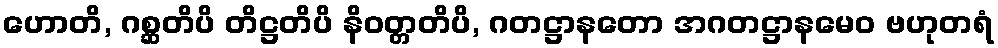
ဟောတိ, ဂစ္ဆတိပိ တိဋ္ဌတိပိ နိဝတ္တတိပိ, ဂတဋ္ဌာနတော အဂတဋ္ဌာနမေဝ ဗဟုတရံ